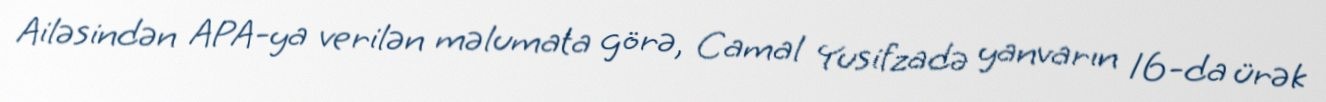
Ailəsindən APA-ya verilən məlumata görə, Camal Yusifzadə yanvarın 16-da ürək